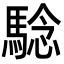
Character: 騐